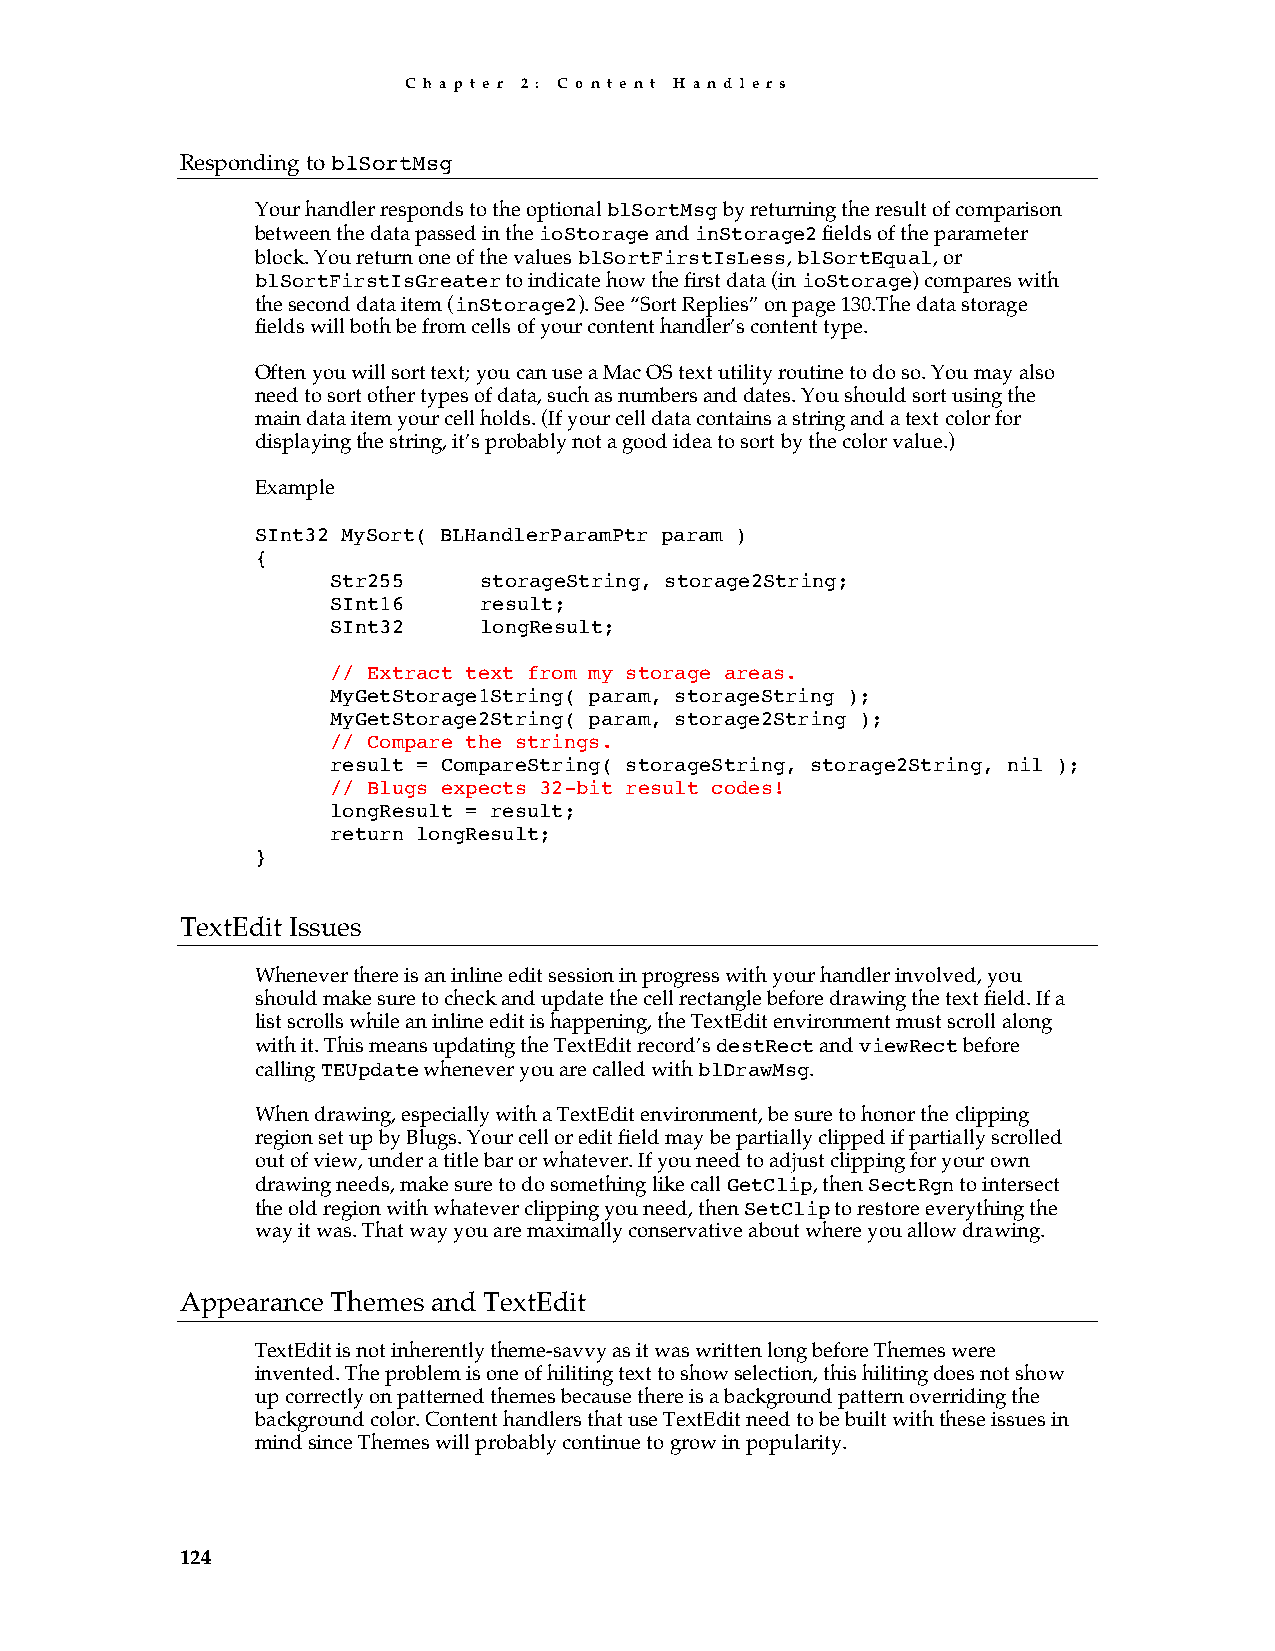
C h a p t e r 2 : C o n t e n t H a n d l e r s
 Responding to blSortMsg
 Your handler responds to the optional blSortMsg by returning the result of comparison
 between the data passed in the ioStorage and inStorage2 fields of the parameter
 block. You return one of the values blSortFirstIsLess, blSortEqual, or
 blSortFirstIsGreater to indicate how the first data (in ioStorage) compares with
 the second data item (inStorage2). See “Sort Replies” on page 130.The data storage
 fields will both be from cells of your content handler’s content type.
 Often you will sort text; you can use a Mac OS text utility routine to do so. You may also
 need to sort other types of data, such as numbers and dates. You should sort using the
 main data item your cell holds. (If your cell data contains a string and a text color for
 displaying the string, it’s probably not a good idea to sort by the color value.)
 Example
 SInt32 MySort( BLHandlerParamPtr param )
 {
 Str255    storageString, storage2String;
 SInt16    result;
 SInt32    longResult;
 // Extract text from my storage areas.
 MyGetStorage1String( param, storageString );
 MyGetStorage2String( param, storage2String );
 // Compare the strings.
 result = CompareString( storageString, storage2String, nil );
 // Blugs expects 32-bit result codes!
 longResult = result;
 return longResult;
 }
 TextEdit Issues
 Whenever there is an inline edit session in progress with your handler involved, you
 should make sure to check and update the cell rectangle before drawing the text field. If a
 list scrolls while an inline edit is happening, the TextEdit environment must scroll along
 with it. This means updating the TextEdit record’s destRect and viewRect before
 calling TEUpdate whenever you are called with blDrawMsg.
 When drawing, especially with a TextEdit environment, be sure to honor the clipping
 region set up by Blugs. Your cell or edit field may be partially clipped if partially scrolled
 out of view, under a title bar or whatever. If you need to adjust clipping for your own
 drawing needs, make sure to do something like call GetClip, then SectRgn to intersect
 the old region with whatever clipping you need, then SetClip to restore everything the
 way it was. That way you are maximally conservative about where you allow drawing.
 Appearance Themes and TextEdit
 TextEdit is not inherently theme-savvy as it was written long before Themes were
 invented. The problem is one of hiliting text to show selection, this hiliting does not show
 up correctly on patterned themes because there is a background pattern overriding the
 background color. Content handlers that use TextEdit need to be built with these issues in
 mind since Themes will probably continue to grow in popularity.
 124